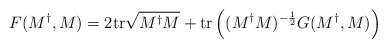
\begin{align*}F(M^{\dag},M) = 2 {\rm tr} \sqrt{M^{\dag} M} + {\rm tr} \left( (M^{\dag} M)^{-{1 \over 2}} G(M^{\dag},M) \right)\end{align*}